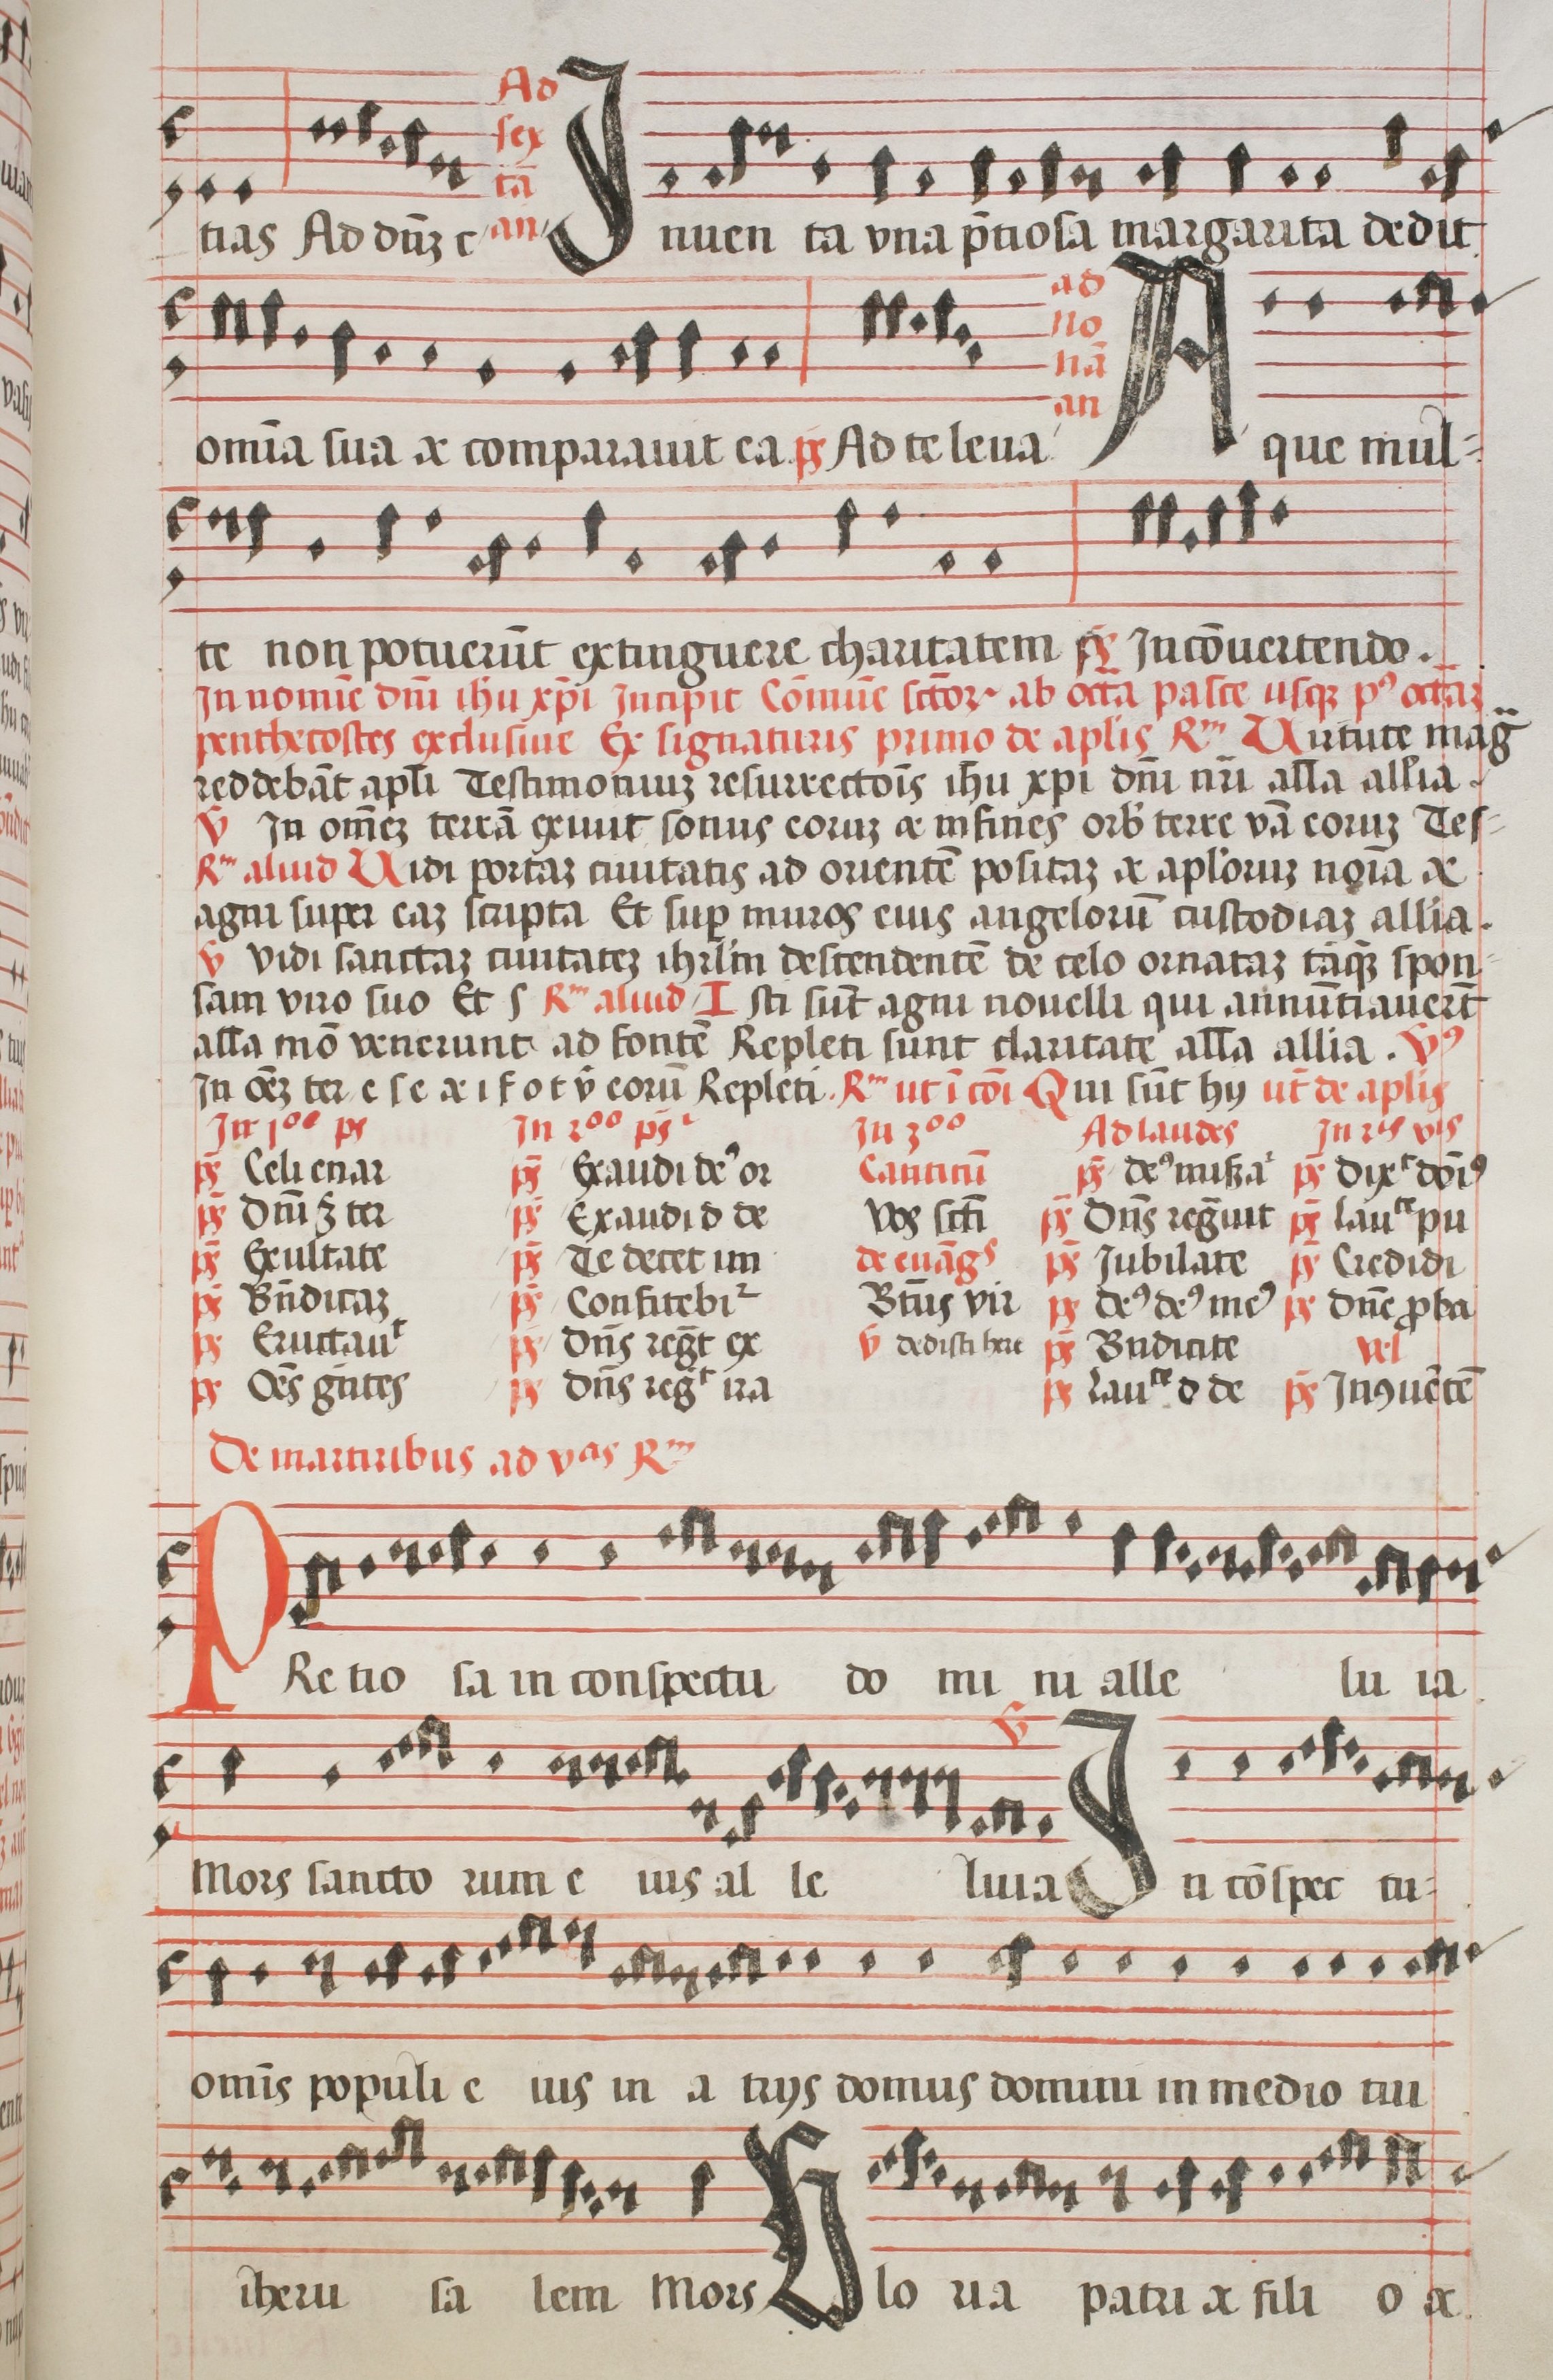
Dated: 1544–1544